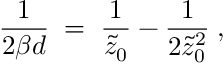
{ \frac { 1 } { 2 \beta d } } \; = \; { \frac { 1 } { \tilde { z } _ { 0 } } } - { \frac { 1 } { 2 \tilde { z } _ { 0 } ^ { 2 } } } \; ,